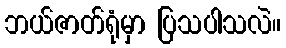
ဘယ်ဇာတ်ရုံမှာ ပြသပါသလဲ။